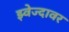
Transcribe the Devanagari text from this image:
झ्वेज्दावर